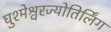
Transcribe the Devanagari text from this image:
घुश्मेश्वरज्योतिर्लिंग